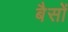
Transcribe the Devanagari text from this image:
बैसों